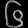
Digit: ၆